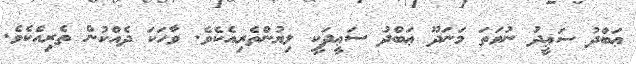
ޢަބްދު ސަޢީދު ނުވަތަ މަނަދޫ ޢަބްދު ސަޢީދަކީ ލިޔުންތެރިއެކެވެ. ވާހަކަ ދެއްކުން ތެރިއެކެވެ.